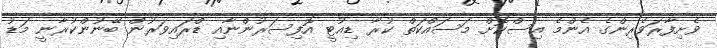
ވެށިފާރަވެރިންގެ އެންމެ އިސްކޮށް މަސައްކަތް ކުރާ ޑިއުޓީ އޮފިސަރުންނާއި ޑްރައިވަރުން ބޭނުންކުރާނީ މަޑު